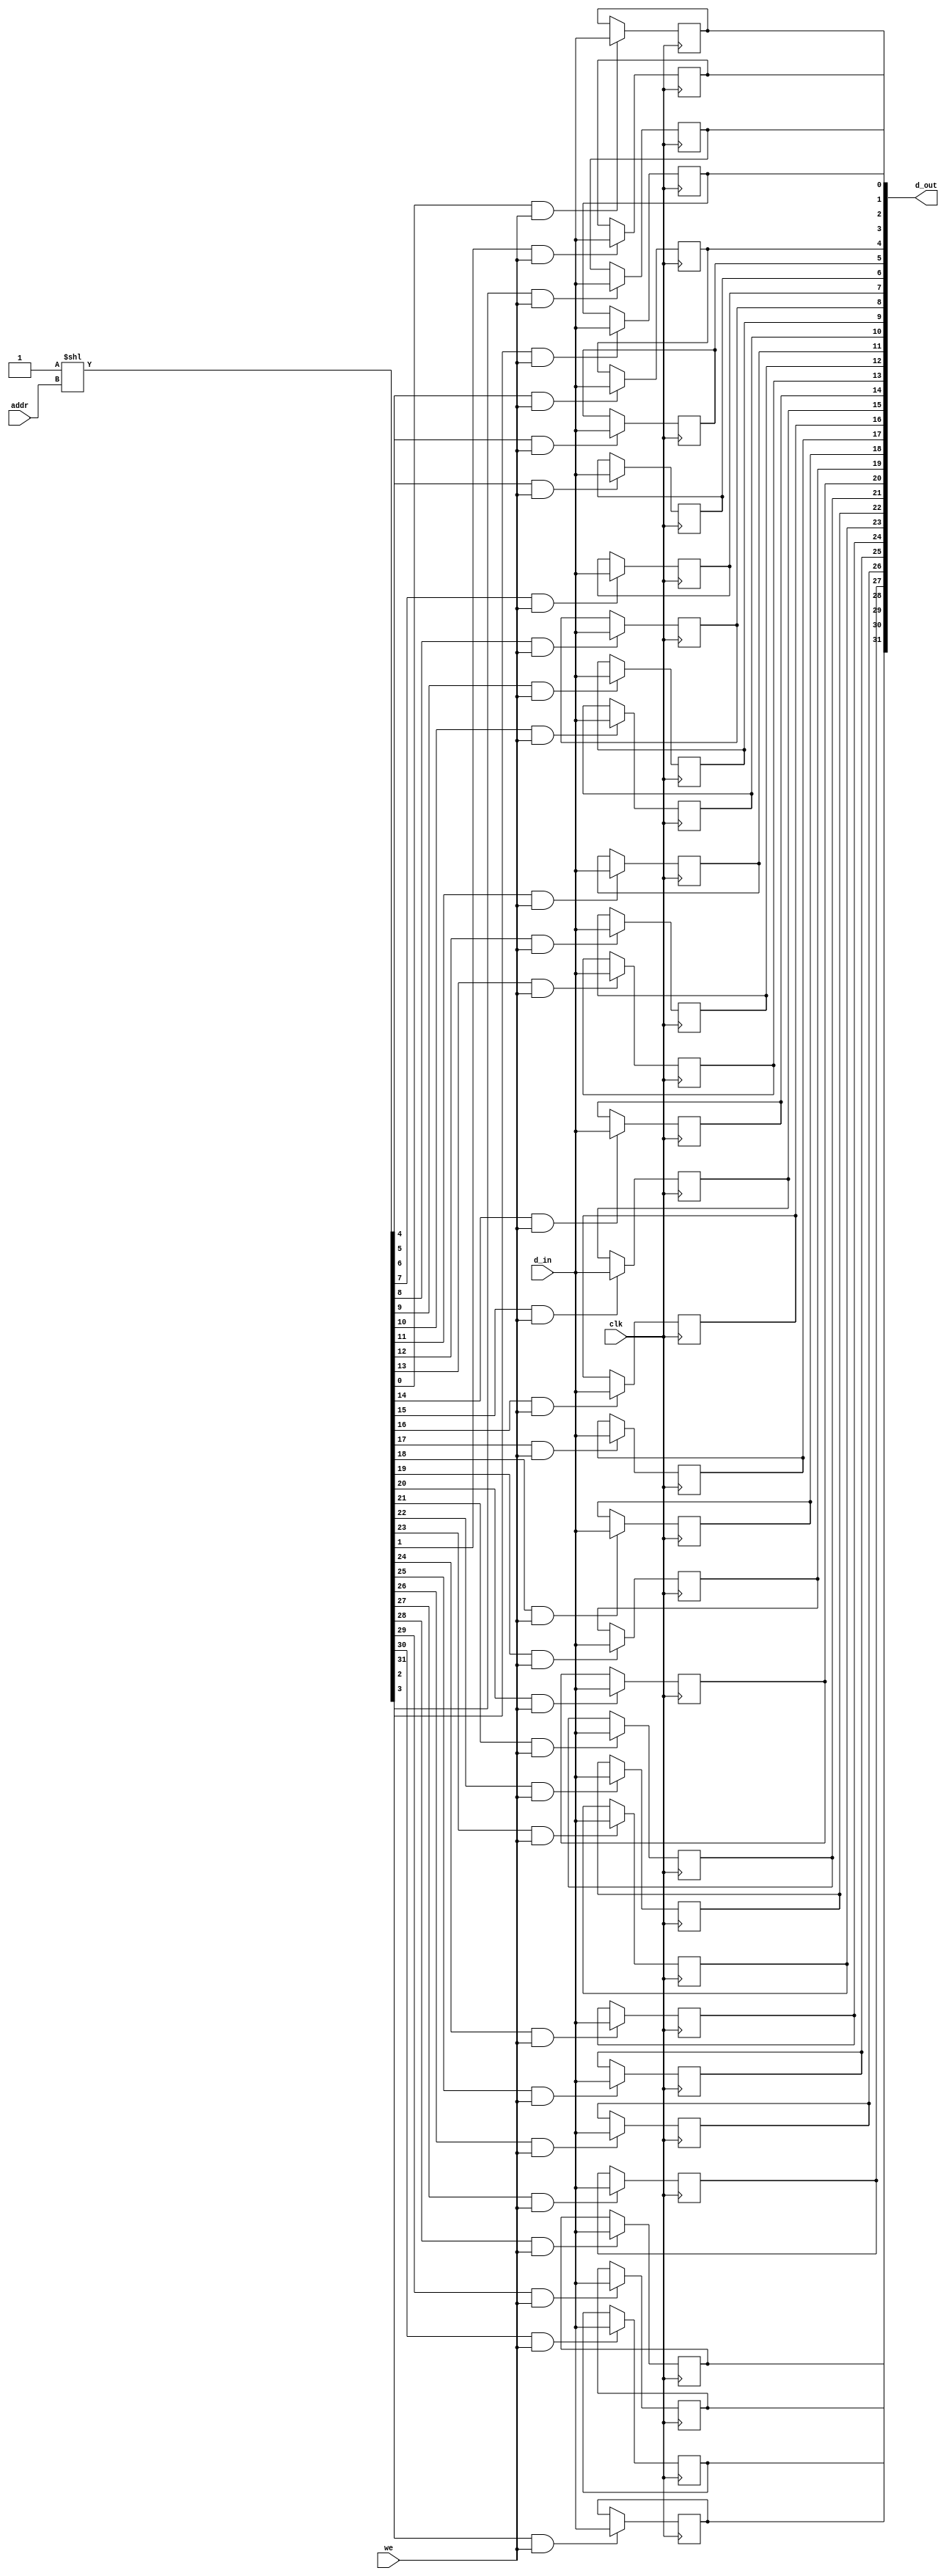
module pending_comp_ram_32x1(    
          input clk,
          input d_in,
          input [4:0] addr,
          input we,
          output reg [31:0] d_out = 32'h00000000
       );


    wire [31:0] addr_decode;

    //binary-to-onehot address decoder for ram
    assign addr_decode[31:0] = 32'h00000001 << addr[4:0]; 

    //generate a 32-entry ram with 
    //addressable inputs entries
    //and outputs which are always present;
    //essentially this is a 32x1 register file
    genvar i;
    generate
    for(i=0;i<32;i=i+1)begin: bitram
        always@(posedge clk)begin
           if(addr_decode[i] && we)begin
              d_out[i] <= d_in;
           end
        end                           
    end
    endgenerate

endmodule